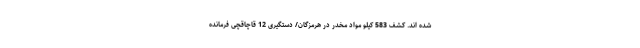
شده اند. کشف 583 کیلو مواد مخدر در هرمزگان/ دستگیری 12 قاچاقچی فرمانده